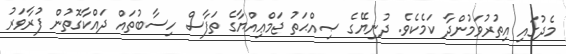
މެދުގައި އިތުރުވަމުންދާ ކަމެކެވެ. ދުނިޔޭގެ ޞިއްޙަތު ޖަމްޢިއްޔާގެ ތަފާސް ހިސާބުތައް ދައްކާގޮތުން ފުރާވަރު